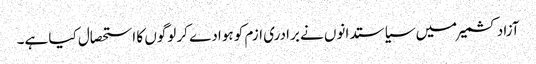
آزادکشمیر میں سیاستدانوں نے برادری ازم کو ہوادے کر لوگوں کا استحصال کیا ہے۔